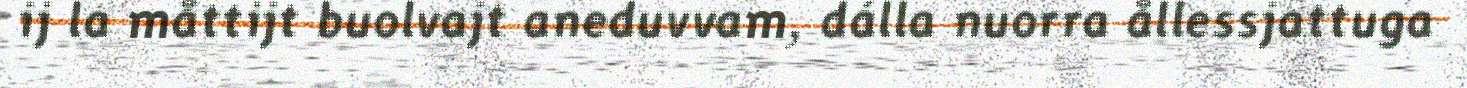
ij la måttijt buolvajt aneduvvam, dálla nuorra ållessjattuga